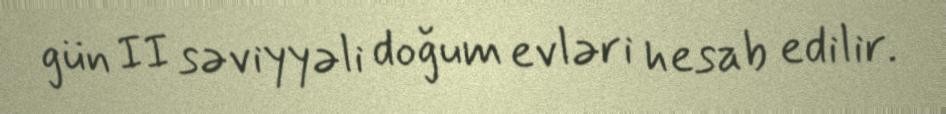
gün II səviyyəli doğum evləri hesab edilir.